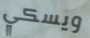
ويسكي